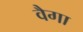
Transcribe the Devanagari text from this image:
वैगा